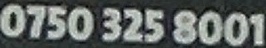
0750 325 8001